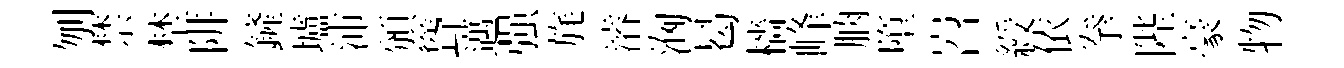
刎禁埜阱鏟壚沛頒聳邁强旄濬洶曷檣峰朒墮岧綬依拳陛豪物